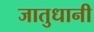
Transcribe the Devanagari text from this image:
जातुधानी